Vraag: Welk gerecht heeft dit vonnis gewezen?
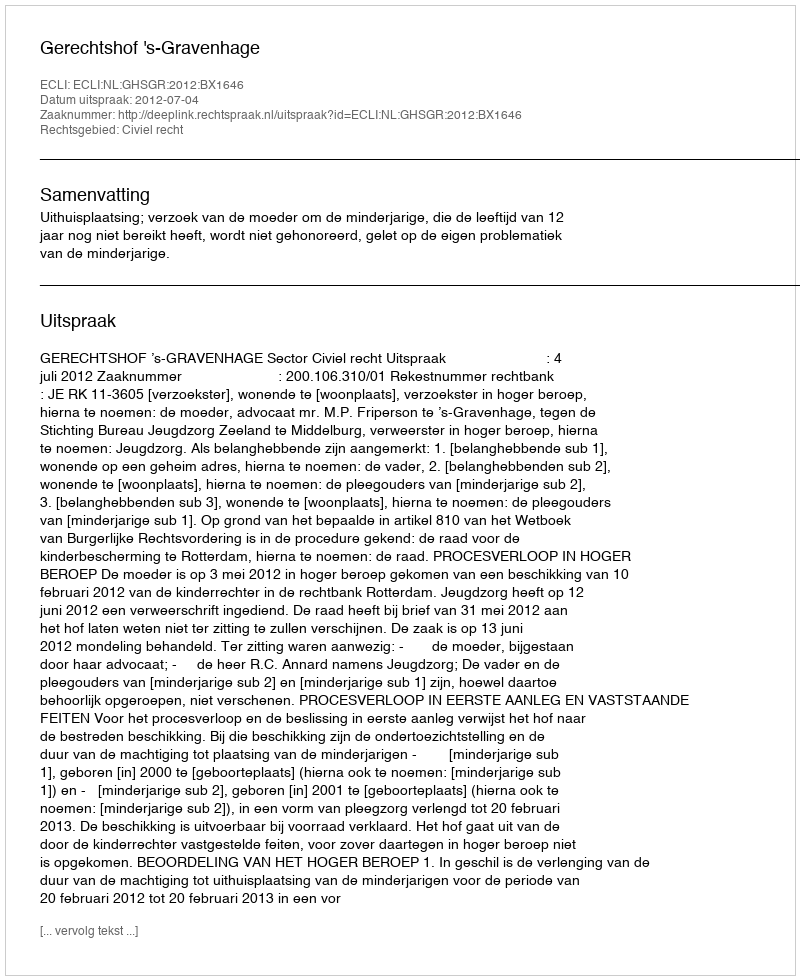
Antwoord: Gerechtshof 's-Gravenhage